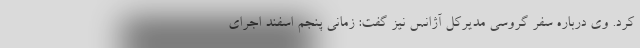
کرد. وی درباره سفر گروسی مدیرکل آژانس نیز گفت: زمانی پنجم اسفند اجرای